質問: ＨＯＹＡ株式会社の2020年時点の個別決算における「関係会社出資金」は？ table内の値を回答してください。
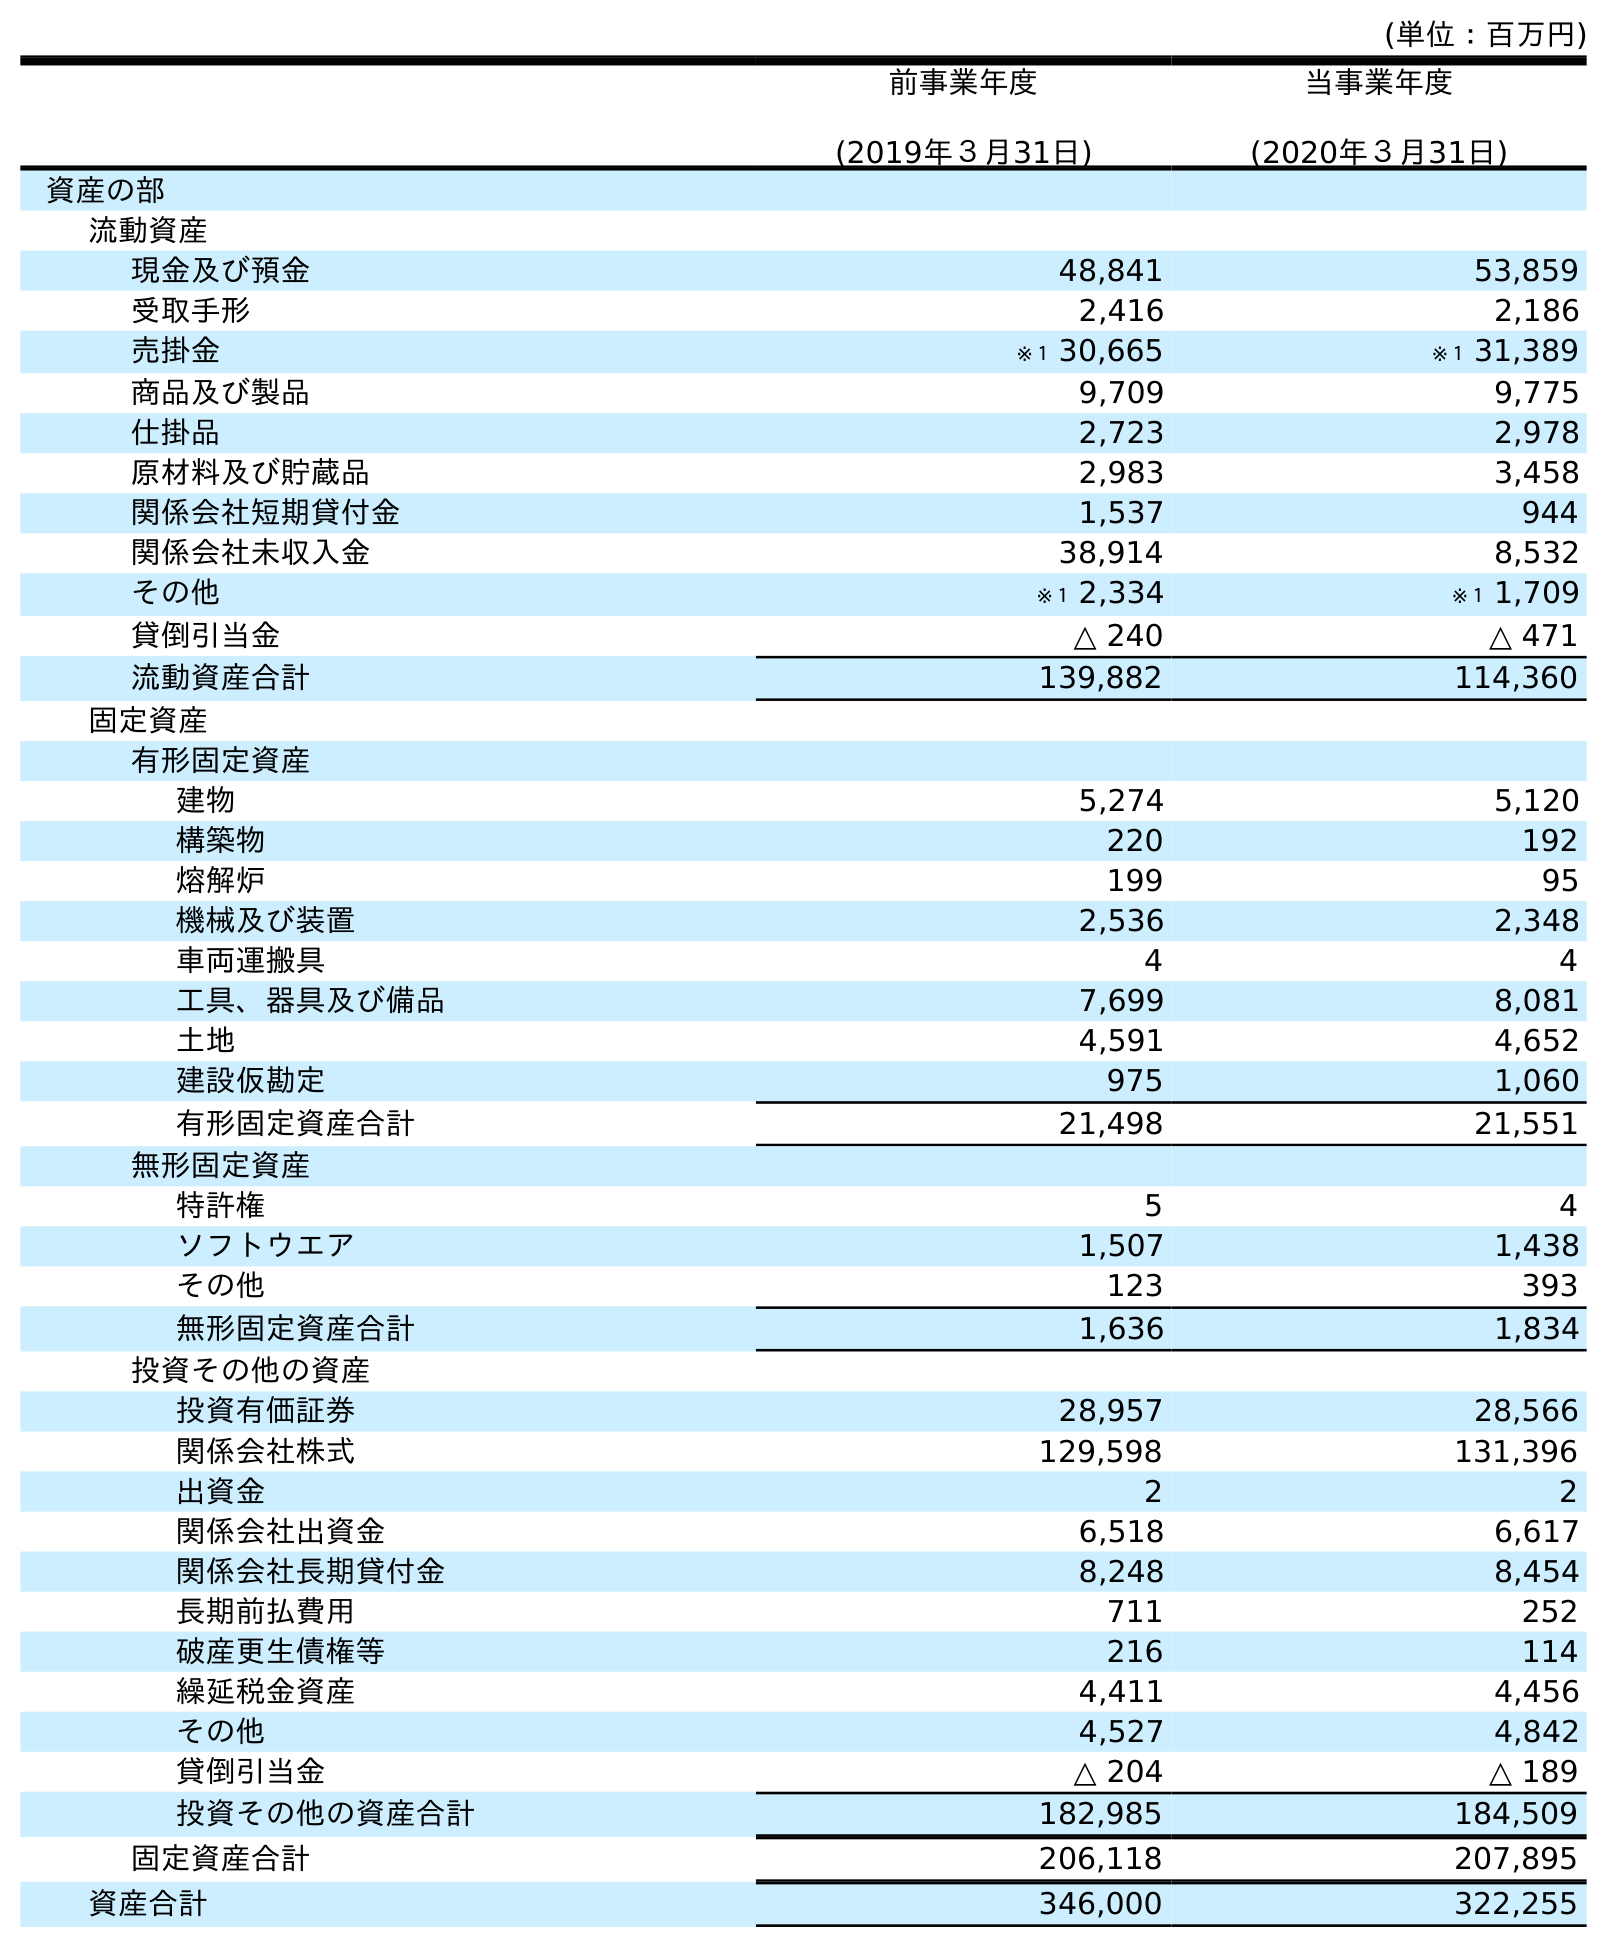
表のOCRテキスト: (単位：百万円) 前事業年度 (2019年３月31日) 当事業年度 (2020年３月31日) 資産の部 流動資産 現金及び預金 48,841 53,859 受取手形 2,416 2,186 売掛金 ※１ 30,665 ※１ 31,389 商品及び製品 9,709 9,775 仕掛品 2,723 2,978 原材料及び貯蔵品 2,983 3,458 関係会社短期貸付金 1,537 944 関係会社未収入金 38,914 8,532 その他 ※１ 2,334 ※１ 1,709 貸倒引当金 △ 240 △ 471 流動資産合計 139,882 114,360 固定資産 有形固定資産 建物 5,274 5,120 構築物 220 192 熔解炉 199 95 機械及び装置 2,536 2,348 車両運搬具 4 4 工具、器具及び備品 7,699 8,081 土地 4,591 4,652 建設仮勘定 975 1,060 有形固定資産合計 21,498 21,551 無形固定資産 特許権 5 4 ソフトウエア 1,507 1,438 その他 123 393 無形固定資産合計 1,636 1,834 投資その他の資産 投資有価証券 28,957 28,566 関係会社株式 129,598 131,396 出資金 2 2 関係会社出資金 6,518 6,617 関係会社長期貸付金 8,248 8,454 長期前払費用 711 252 破産更生債権等 216 114 繰延税金資産 4,411 4,456 その他 4,527 4,842 貸倒引当金 △ 204 △ 189 投資その他の資産合計 182,985 184,509 固定資産合計 206,118 207,895 資産合計 346,000 322,255
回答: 6,617